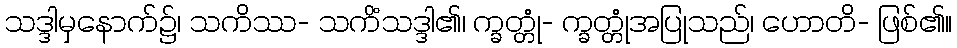
သဒ္ဒါမှနောက်၌၊ သကိဿ- သကိံသဒ္ဒါ၏၊ က္ခတ္တုံ- က္ခတ္တုံအပြုသည်၊ ဟောတိ- ဖြစ်၏။